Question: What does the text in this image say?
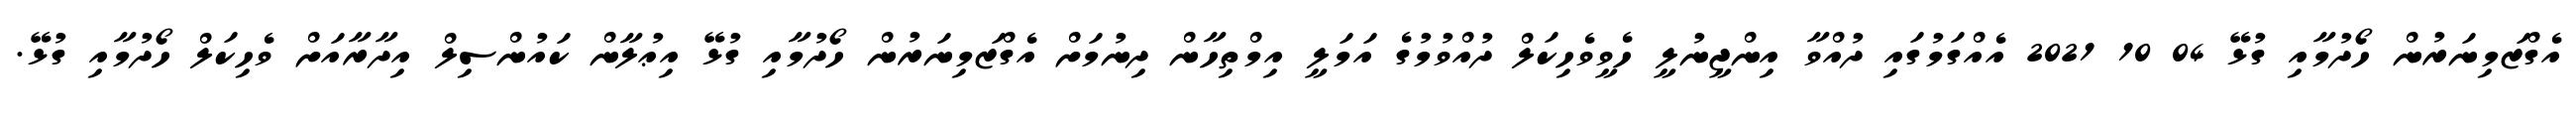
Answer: އެގްޒަމިނަރުން ހޯދުމާއި ގުޅޭ 04 10 2021 އެއްގަމުގައި ދުއްވާ އިންޖީނުލީ ހެވީވެހިކަލް ދުއްވުމުގެ އަމަލީ އިމްތިހާން ދިނުމަށް އެގްޒަމިނަރުން ހޯދުމާއި ގުޅޭ އިޢުލާން ކައުންސިލް އިދާރާއަށް ވެހިކަލް ހޯދުމާއި ގުޅޭ.